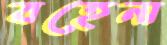
বহেনা